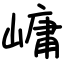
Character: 㟾